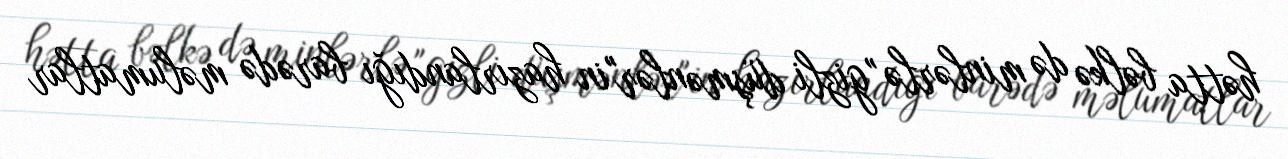
hətta bəlkə də minlərlə "gizli düşmənlər"in hazırlandığı barədə məlumatlar